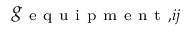
g _ { \mathrm { ~ e ~ q ~ u ~ i ~ p ~ m ~ e ~ n ~ t ~ } , i j }